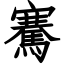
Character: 騫